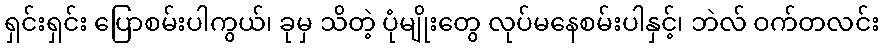
ရှင်းရှင်း ပြောစမ်းပါကွယ်၊ ခုမှ သိတဲ့ ပုံမျိုးတွေ လုပ်မနေစမ်းပါနှင့်၊ ဘဲလ် ဝက်တလင်း